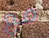
مع